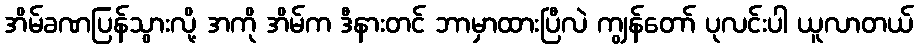
အိမ်ခဏပြန်သွားလို့ အကို အိမ်က ဒီနားတင် ဘာမှာထားပြီလဲ ကျွန်တော် ပုလင်းပါ ယူလာတယ်